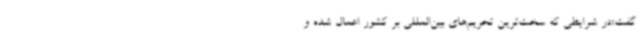
گفت:در شرایطی که سخت‌ترین تحریم‌های بین‌المللی بر کشور اعمال شده و